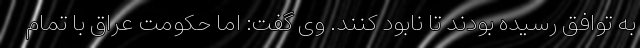
به توافق رسیده بودند تا نابود کنند. وی گفت: اما حکومت عراق با تمام